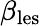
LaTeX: \beta_{\mathrm{les}}